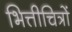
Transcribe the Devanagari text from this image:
भित्तीचित्रों